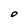
Character: O